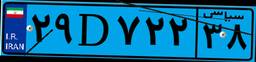
۳۷D۲۸۰۵۴